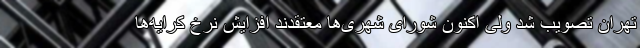
تهران تصویب شد ولی اکنون شورای شهری‌ها معتقدند افزایش نرخ کرایه‌ها